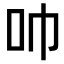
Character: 𫩒